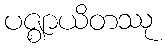
ပဇ္ဈာယိတဿု